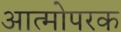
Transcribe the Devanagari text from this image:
आत्मोपरक